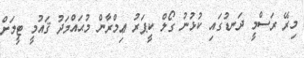
މިރޭ ރަސްމީ ދަނޑުގައި ކުޅުނު ގޯލް ކީޕަރު ޢިމްރާން މުޙައްމަދު ޤައުމީ ޓީމަށް